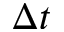
\Delta t